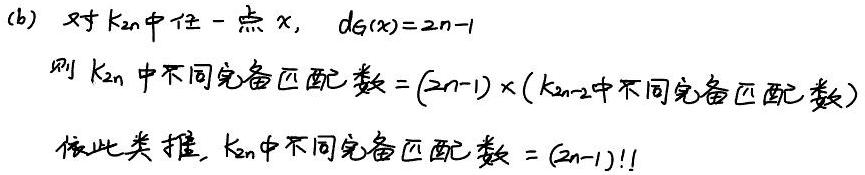
(b) 对 $K_{2n}$ 中任一点 $x$, $d_G(x)=2n - 1$
则 $K_{2n}$ 中不同完备匹配数 $=(2n - 1)\times(K_{2n - 2}$ 中不同完备匹配数$)$
依此类推, $K_{2n}$ 中不同完备匹配数 $=(2n - 1)!!$